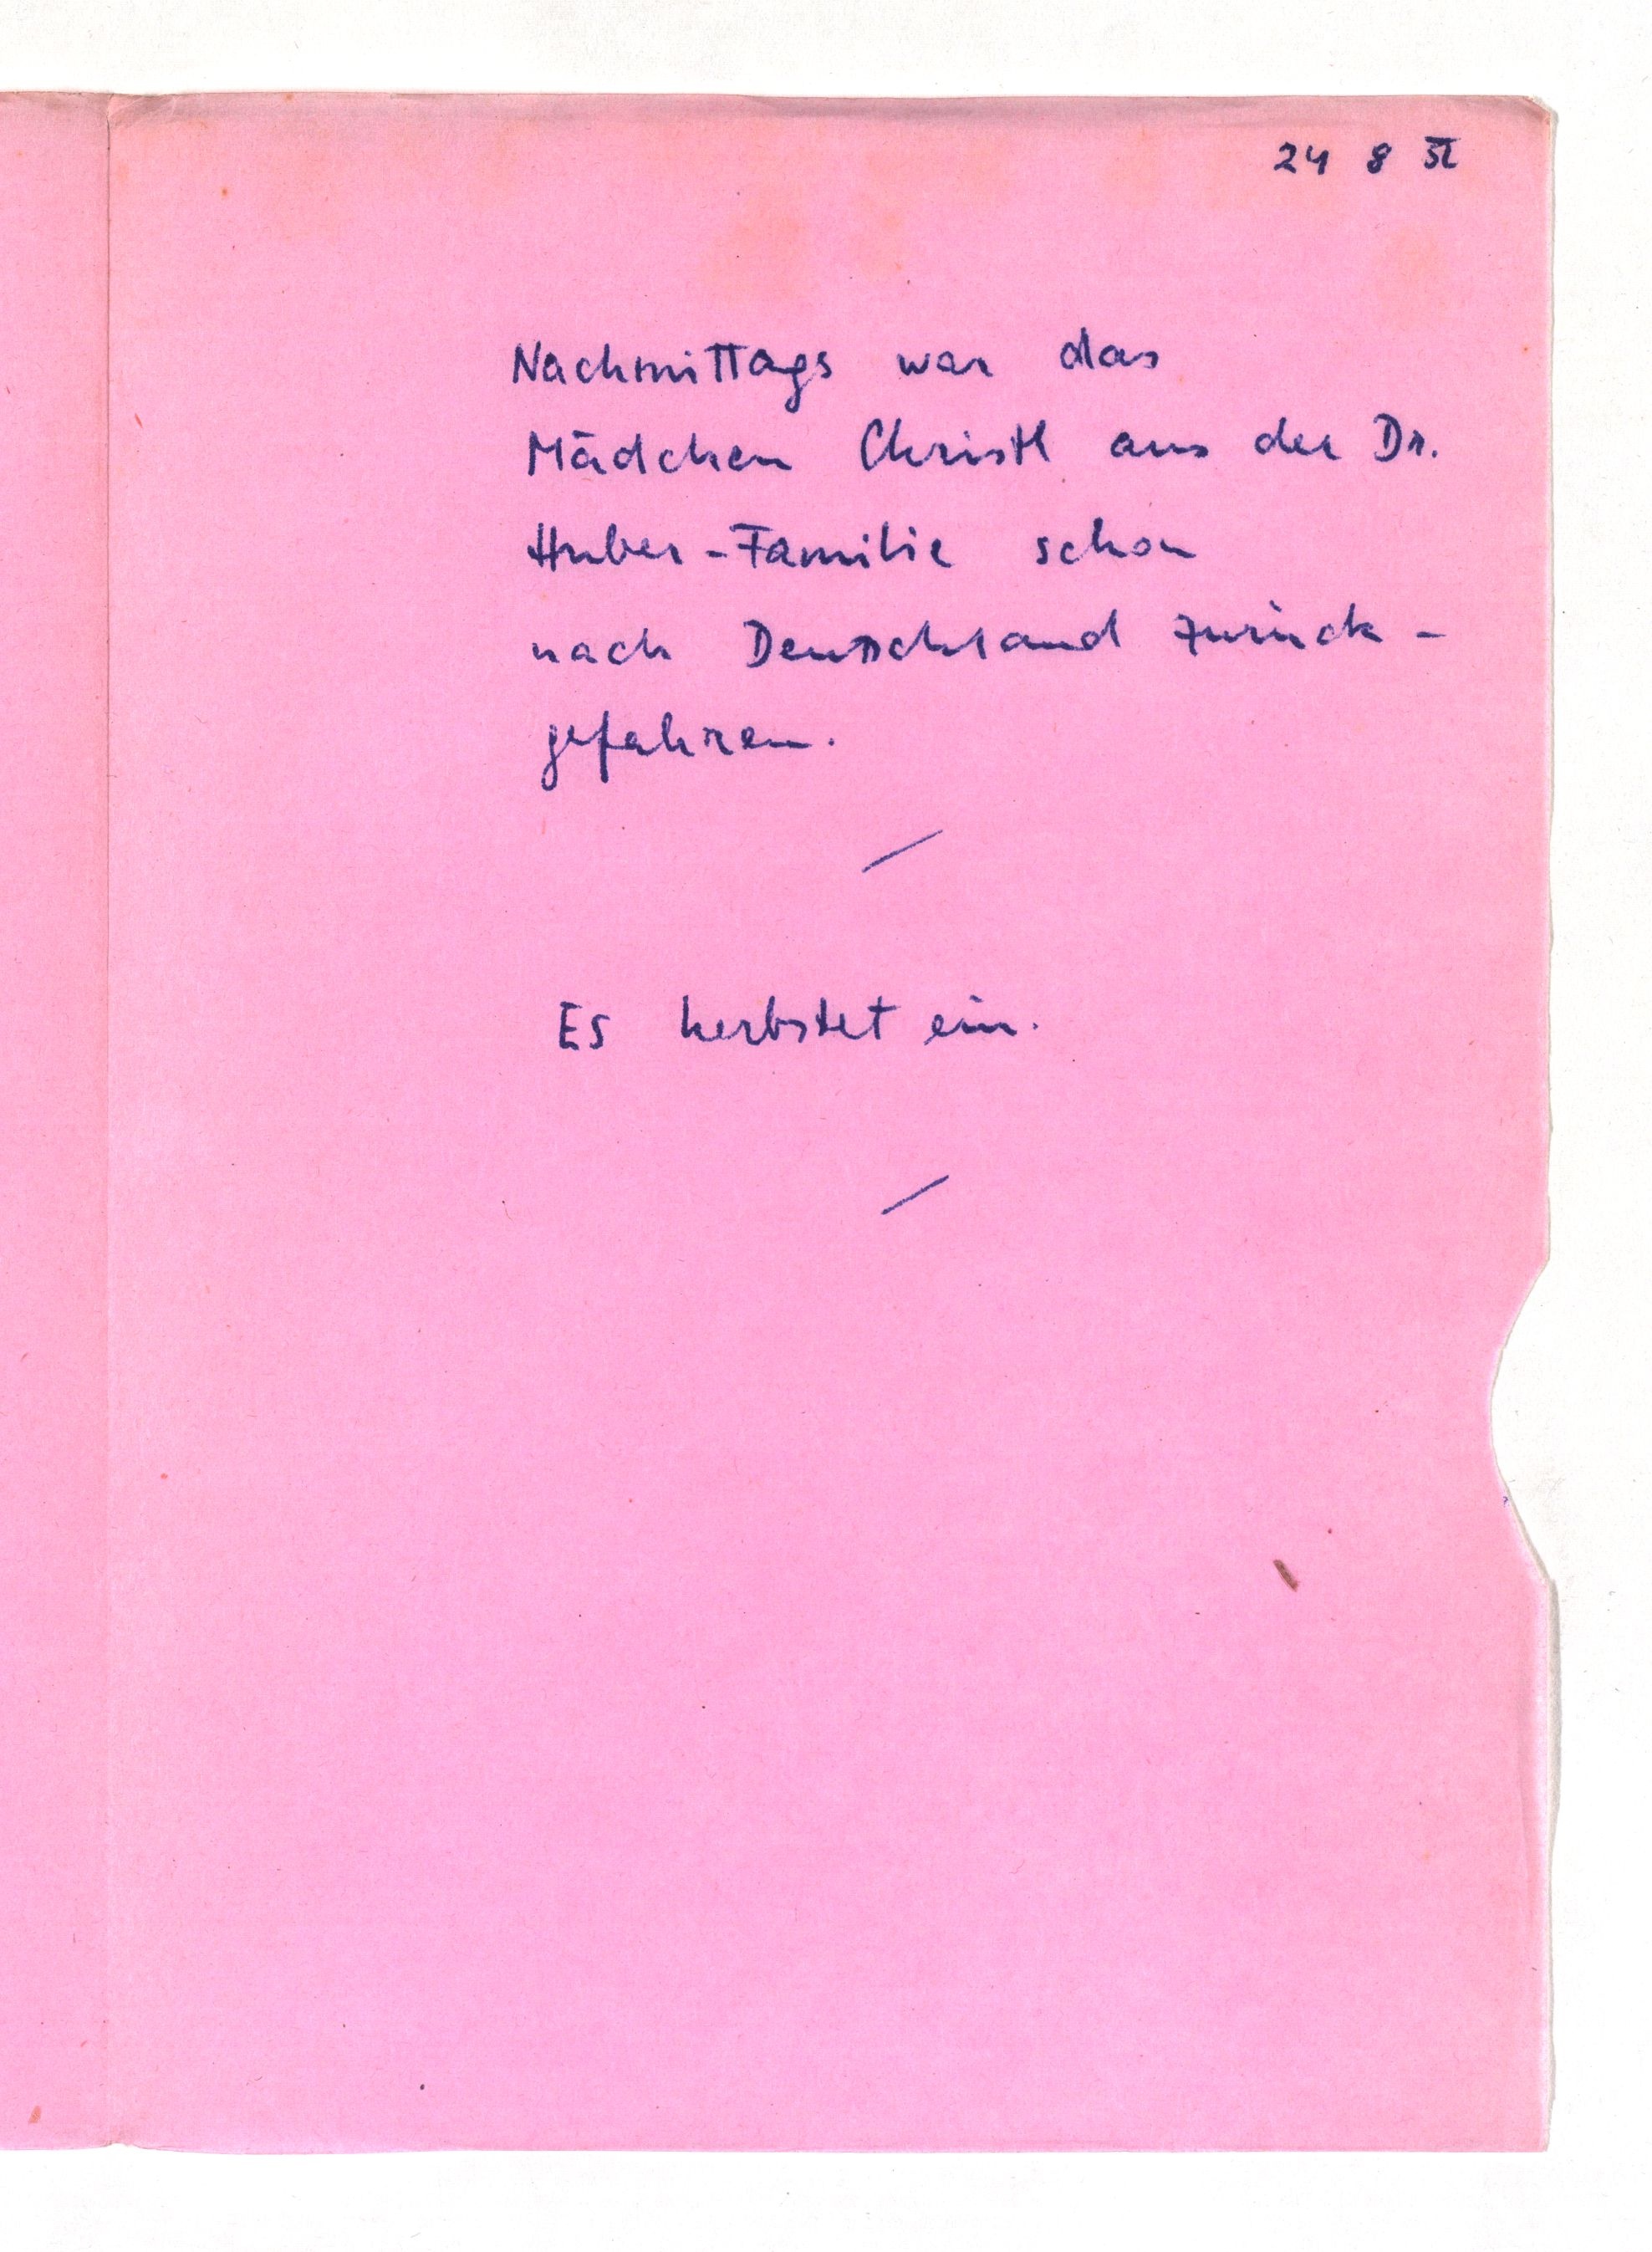
24 8 52
Nachmittags war das
Mädchen Christl aus der Dr.
Huber-Familie schon
nach Deutschland zurück¬
gefahren.
Es herbstet ein